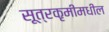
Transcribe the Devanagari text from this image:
सूत्रकृमीमधील